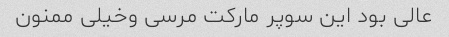
عالی بود این سوپر مارکت مرسی وخیلی ممنون